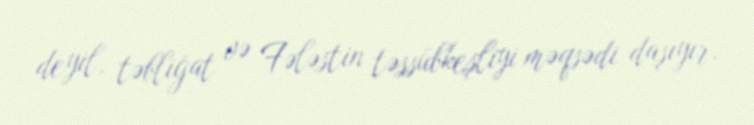
deyil, təbliğat və Fələstin təssübkeşliyi məqsədi daşıyır.